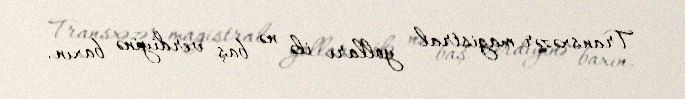
Transxəzər magistral yolları ilə nə baş verdiyinə baxın.